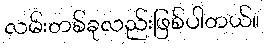
လမ်းတစ်ခုလည်းဖြစ်ပါတယ်။